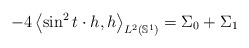
\begin{align*}-4\left\langle \sin ^{2}t\cdot h , h \right\rangle _{L^2(\mathbb{S}^{1})}=\Sigma _{0}+\Sigma _{1}\end{align*}